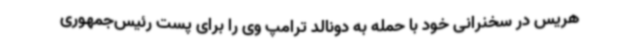
هریس در سخنرانی خود با حمله به دونالد ترامپ وی را برای پست رئیس‌جمهوری